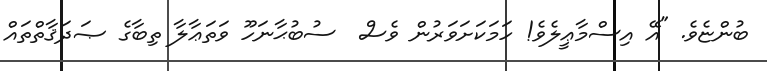
ބުންޏެވެ. "އޭ އިސްމާޢީލެވެ! ހަމަކަށަވަރުން ވެސް  ސުބުޙާނަހޫ ވަތަޢާލާ ތިބާގެ ޞަދަޤާތްތައް